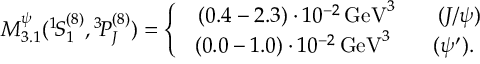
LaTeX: M _ { 3 . 1 } ^ { \psi } ( { } ^ { 1 } \! S _ { 1 } ^ { ( 8 ) } , { } ^ { 3 } \! P _ { J } ^ { ( 8 ) } ) = \left\{ \begin{array} { c } { { \, \, \, ( 0 . 4 - 2 . 3 ) \cdot 1 0 ^ { - 2 } \, \mathrm { G e V } ^ { 3 } \qquad ( J / \psi ) } } \\ { { ( 0 . 0 - 1 . 0 ) \cdot 1 0 ^ { - 2 } \, \mathrm { G e V } ^ { 3 } \qquad ( \psi ^ { \prime } ) . } } \end{array} \right.